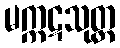
မက္ကဋသုတ္တ